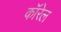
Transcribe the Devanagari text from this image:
कॉरेल